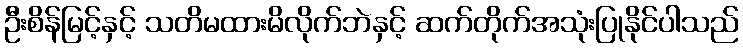
ဦးစိန်မြင့်နှင့် သတိမထားမိလိုက်ဘဲနှင့် ဆက်တိုက်အသုံးပြုနိုင်ပါသည်